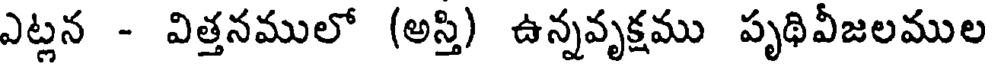
ఎట్లన - విత్తనములో (అస్తి) ఉన్నవృక్షము పృథివీజలముల